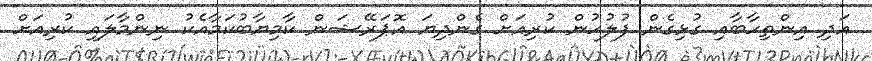
އަދި އިންތިހާބާއި ގުޅިގެން ފުލުހުން ކުރިއަށް ގެންދިޔަ އޮޕަރޭޝަން ކާމިޔާބުކަމާއެކު ނިންމާލައި ކުރިއަށް